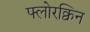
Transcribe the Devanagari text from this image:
फ्लोरक्विन